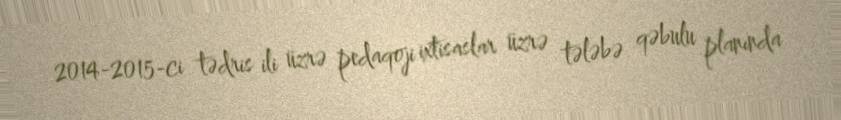
2014-2015-ci tədris ili üzrə pedaqoji ixtisaslar üzrə tələbə qəbulu planında